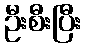
ဦးစီးပြီး